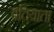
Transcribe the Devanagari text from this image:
बतियाता